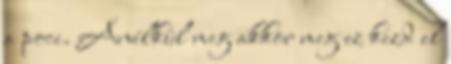
a poci. Anélkül meg akkor meg ez kezd el